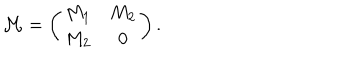
{ \cal M } = \left( \begin{array} { c c } { { M _ { 1 } } } & { { M _ { 2 } } } \\ { { M _ { 2 } } } & { { 0 } } \\ \end{array} \right) .